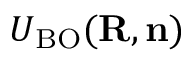
{ \cal U } _ { \mathrm { B O } } ( { \bf R } , { \bf n } )